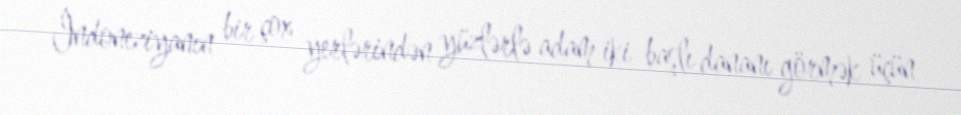
İndoneziyanın bir çox yerlərindən yüzlərlə adam iki başlı dananı görmək üçün